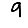
Digit: 9